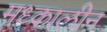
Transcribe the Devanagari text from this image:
मध्कालीन